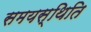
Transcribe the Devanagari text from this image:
समयस्थिति